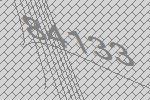
84133